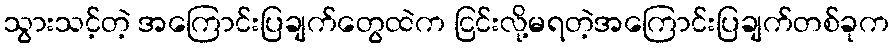
သွားသင့်တဲ့ အကြောင်းပြချက်တွေထဲက ငြင်းလို့မရတဲ့အကြောင်းပြချက်တစ်ခုက